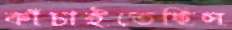
কাঁচাইতেছিস